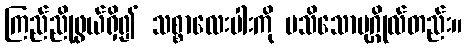
ကြည်ညိုဖွယ်ရှိ၍ သစ္စာလေးပါးကို မသိသောပုဂ္ဂိုလ်တည်း။